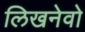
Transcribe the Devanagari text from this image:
लिखनेवो